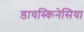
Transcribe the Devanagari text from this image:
डायस्किनेसिया